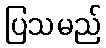
ပြသမည်